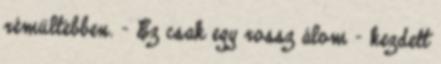
rémültebben. - Ez csak egy rossz álom - kezdett